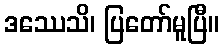
ဒဿေသိ၊ ပြတော်မူပြီ။